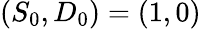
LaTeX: (S_{0},D_{0})=(1,0)